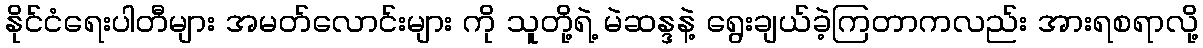
နိုင်ငံရေးပါတီများ အမတ်လောင်းများ ကို သူတို့ရဲ့ မဲဆန္ဒနဲ့ ရွေးချယ်ခဲ့ကြတာကလည်း အားရစရာလို့